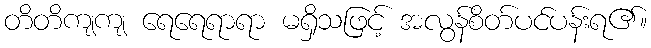
တိတိကျကျ ရေရေရာရာ မရှိသဖြင့် အလွန်စိတ်ပင်ပန်းရ၏။